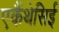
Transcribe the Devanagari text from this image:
एकैंथेसिई